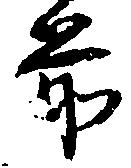
前